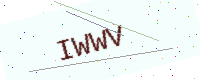
Text: IWWV